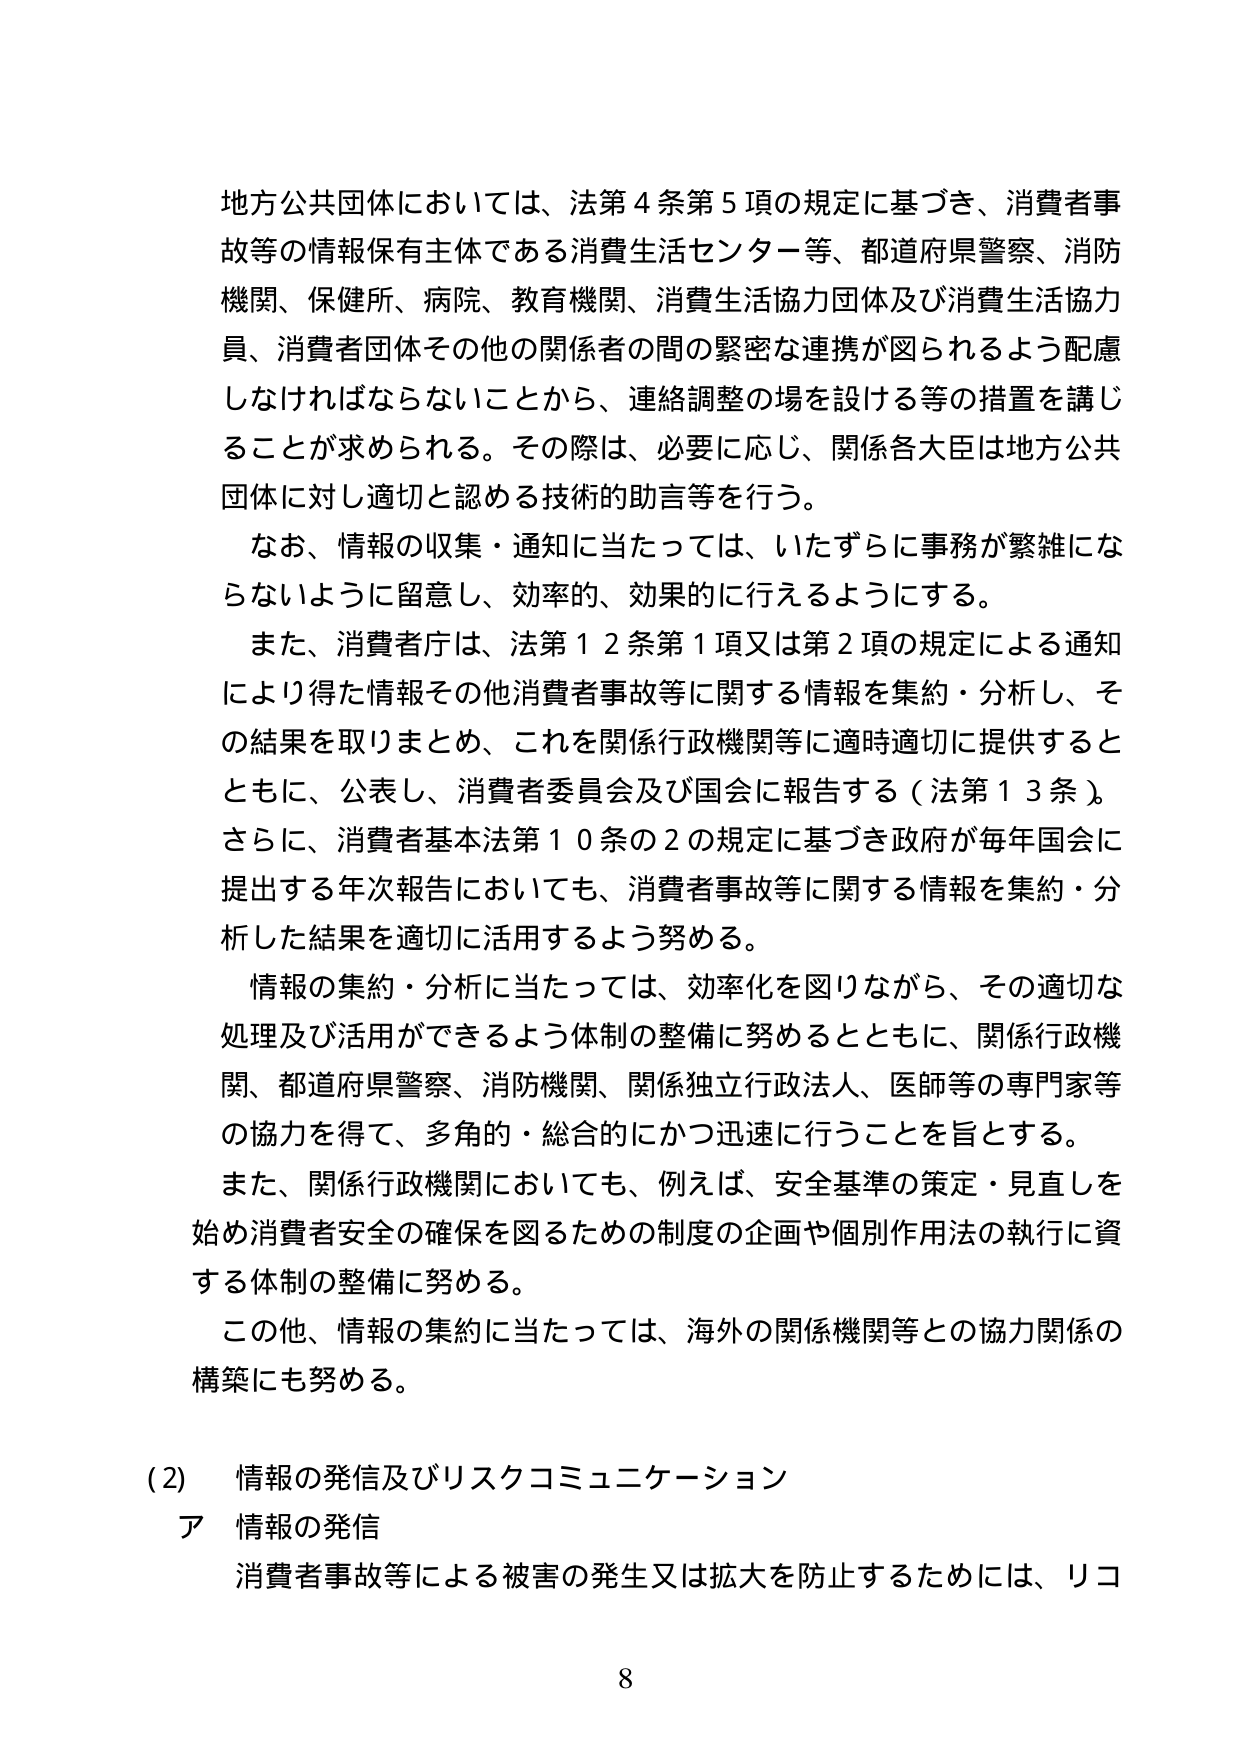
地方公共団体においては、法第４条第５項の規定に基づき、消費者事故等の情報保有主体である消費生活センター等、都道府県警察、消防機関、保健所、病院、教育機関、消費生活協力団体及び消費生活協力員、消費者団体その他関係者の間の緊密な連携が図られるよう配慮しなければならないことから、連絡調整の場を設ける等の措置を講じることが求められる。その際は、必要に応じ、関係各大臣は地方公共団体に対し適切と認める技術的助言等を行う。

なお、情報の収集・通知に当たっては、いたずらに事務が繁雑にならないように留意し、効率的、効果的に行えるようにする。

また、消費者庁は、法第１２条第１項又は第２項の規定による通知により得た情報その他消費者事故等に関する情報を集約・分析し、その結果を取りまとめ、これを関係行政機関等に適時適切に提供するとともに、公表し、消費者委員会及び国会に報告する（法第１３条）。さらに、消費者基本法第１０条の２の規定に基づき政府が毎年国会に提出する年次報告においても、消費者事故等に関する情報を集約・分析した結果を適切に活用するよう努める。

情報の集約・分析に当たっては、効率化を図りながら、その適切な処理及び活用ができるよう体制の整備に努めるとともに、関係行政機関、都道府県警察、消防機関、関係独立行政法人、医師等の専門家等の協力を得て、多角的・総合的かつ迅速に行うことを旨とする。

また、関係行政機関においても、例えば、安全基準の策定・見直しを始め消費者安全の確保を図るための制度の企画や個別作用法の執行に資する体制の整備に努める。

この他、情報の集約に当たっては、海外の関係機関等との協力関係の構築にも努める。

(2) 情報の発信及びリスクコミュニケーション
ア 情報の発信
消費者事故等による被害の発生又は拡大を防止するためには、リコ

8